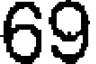
69